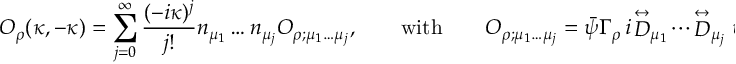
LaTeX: { \cal O } _ { \rho } ( \kappa , - \kappa ) = \sum _ { j = 0 } ^ { \infty } \frac { ( - i \kappa ) ^ { j } } { j ! } n _ { \mu _ { 1 } } \dots n _ { \mu _ { j } } { \cal O } _ { \rho ; \mu _ { 1 } \dots \mu _ { j } } , \qquad \mathrm { w i t h } \qquad { \cal O } _ { \rho ; \mu _ { 1 } \dots \mu _ { j } } = \bar { \psi } { \mit \Gamma } _ { \rho } \, i \! \stackrel { \leftrightarrow } { \cal D } _ { \mu _ { 1 } } \dotsi \! \stackrel { \leftrightarrow } { \cal D } _ { \mu _ { j } } \psi ,